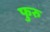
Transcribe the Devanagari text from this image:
फुरु